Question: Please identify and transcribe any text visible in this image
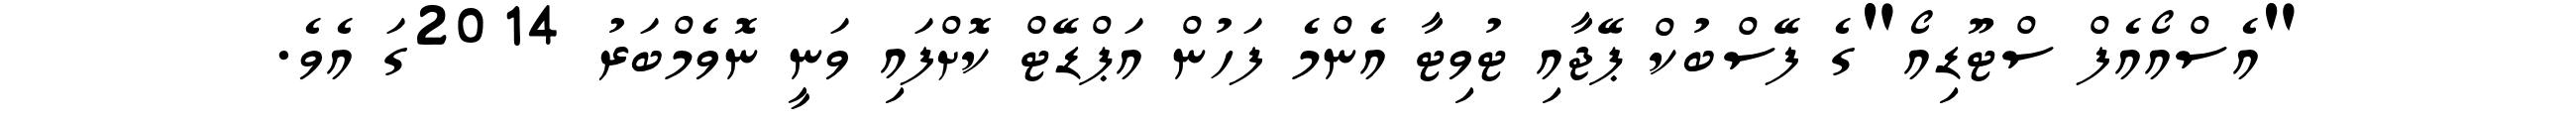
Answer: "އެސްއޯއެފް ސްޓޫޑިއޯ"ގެ ފޭސްބުކް ޕޭޖާއި ޓުވިޓާ އެންމެ ފަހުން އަޕްޑޭޓް ކޮށްފައި ވަނީ ނޮވެމްބަރު 2014ގަ އެވެ.